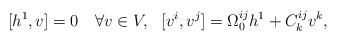
LaTeX: \begin{align*}[h^{1},v]=0 \ \ \ \forall v \in V, \ \ [v^{i},v^{j}]=\Omega^{ij}_{0} h^{1}+ C^{ij}_{k} v^{k}, \end{align*}